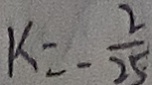
K = - \frac { 2 } { 2 5 }